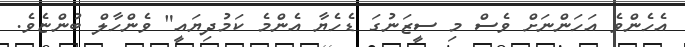
އެހެންވެ އަހަންނަށް ވެސް މި ސީޒަނުގަ ޑެހެޔާ އެންމެ ކަމުދިޔައީ" ވެންހާލް ބުންޏެވެ.